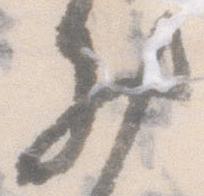
お